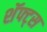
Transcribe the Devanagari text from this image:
शॅफ्ट्स